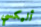
أليكسي